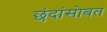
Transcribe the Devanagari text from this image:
छंदांसोबत